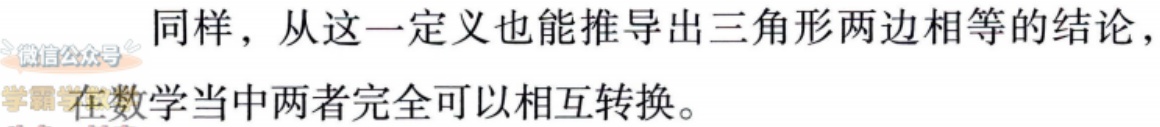
同样，从这一定义也能推导出三角形两边相等的结论，在数学当中两者完全可以相互转换。